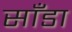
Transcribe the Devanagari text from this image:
साँडा